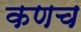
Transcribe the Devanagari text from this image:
कणच